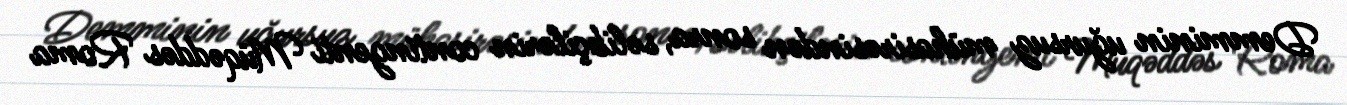
Demminin uğursuz mühasirəsindən sonra, səlibçilərin contingenti Müqəddəs Roma